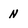
Character: N